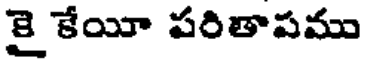
కై కేయీ పరితాపము